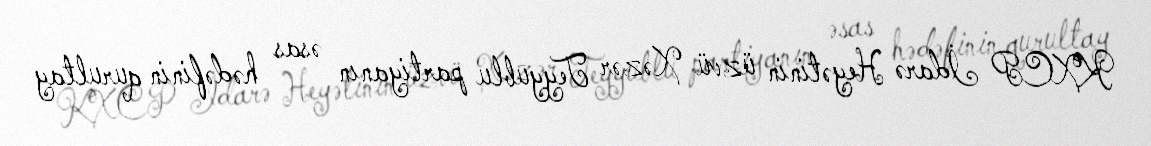
KXCP İdarə Heyətinin üzvü Xəzər Teyyublu partiyanın əsas hədəfinin qurultay